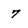
Character: 7